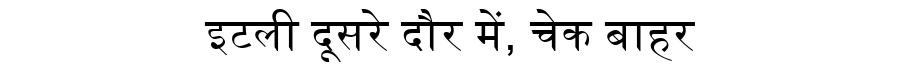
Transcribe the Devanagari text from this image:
इटली दूसरे दौर में, चेक बाहर